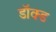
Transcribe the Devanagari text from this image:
डॉक्ड